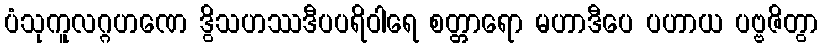
ပံသုကူလဂ္ဂဟဏေ ဒွိသဟဿဒီပပရိဝါရေ စတ္တာရော မဟာဒီပေ ပဟာယ ပဗ္ဗဇိတွာ